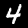
Label: 4